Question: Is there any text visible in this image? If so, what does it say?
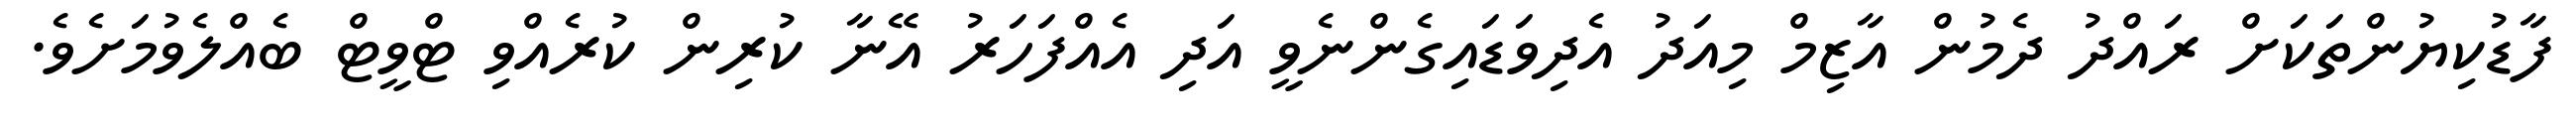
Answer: ފާޑުކިޔުންތަކަށް ރައްދު ދެމުން އާޒިމް މިއަދު އެދިވަޑައިގެންނެވީ އަދި އެއްފަހަރު އޭނާ ކުރިން ކުރެއްވި ޓްވީޓް ބެއްލެވުމަށެވެ.